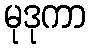
မုဒုကာ